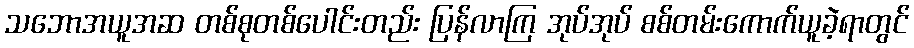
သဘောအယူအဆ တစ်စုတစ်ပေါင်းတည်း ပြန်လာကြ အုပ်အုပ် စစ်တမ်းကောက်ယူခဲ့ရာတွင်